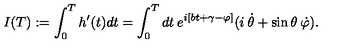
I ( T ) : = \int _ { 0 } ^ { T } h ^ { \prime } ( t ) d t = \int _ { 0 } ^ { T } d t \: e ^ { i [ b t + \gamma - \varphi ] } ( i \: \dot { \theta } + \sin \theta \: \dot { \varphi } ) .